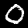
Label: 0